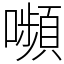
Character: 嚬